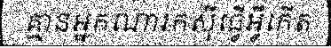
គ្មានអ្នកណារកស៊ីធ្វើអ្វីកើត